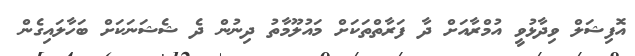
އޮފިޝަލް ވިދާޅުވީ އުމްރާއަށް ދާ ފަރާތްތަކަށް މައުލޫމާތު ދިނުން ދެ ޝެޝަނަކަށް ބަހާލައިގެން